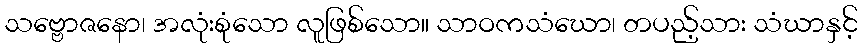
သဗ္ဗောဇနော၊ အလုံးစုံသော လူဖြစ်သော။ သာဝကသံဃော၊ တပည့်သား သံဃာနှင့်